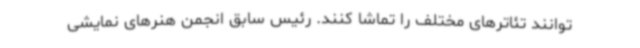
توانند تئاترهای مختلف را تماشا کنند. رئیس سابق انجمن هنرهای نمایشی